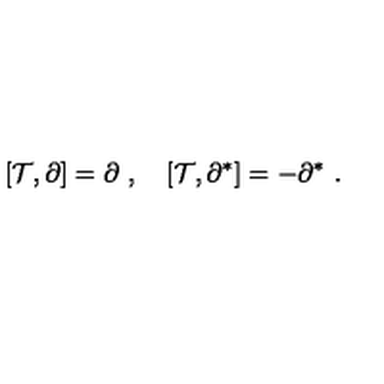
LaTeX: [ { \mathcal T } , \partial ] = \partial \ , \quad [ { \mathcal T } , \partial ^ { * } ] = - \partial ^ { * } \ .